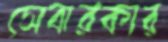
সেবারকার